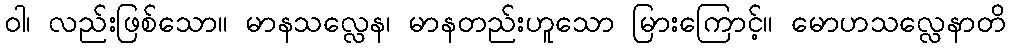
ဝါ၊ လည်းဖြစ်သော။ မာနသလ္လေန၊ မာနတည်းဟူသော မြားကြောင့်။ မောဟသလ္လေနာတိ